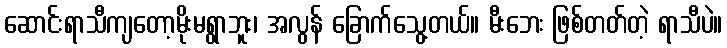
ဆောင်းရာသီကျတော့မိုးမရွာဘူး၊ အလွန် ခြောက်သွေ့တယ်။ မီးဘေး ဖြစ်တတ်တဲ့ ရာသီပဲ။